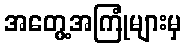
အတွေ့အကြုံများမှ